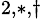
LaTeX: ^{2,\ast,\dagger}